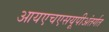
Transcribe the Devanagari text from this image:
आयएचएसयूपीअंतर्गत